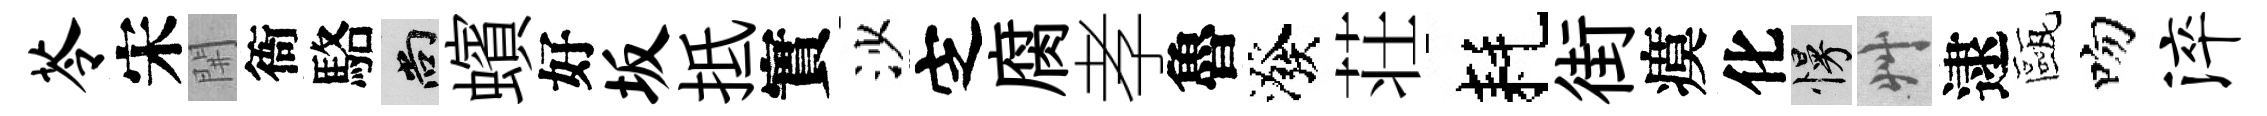
苓宋𨳩衙駱尚蠙好坂抵實沙㝎腐孝魯潑荘耗街瘼化慢艸逮甌吻淬